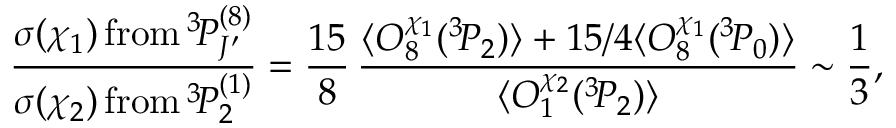
\frac { \sigma ( \chi _ { 1 } ) \, \mathrm { f r o m } \, { } ^ { 3 } \! P _ { J ^ { \prime } } ^ { ( 8 ) } } { \sigma ( \chi _ { 2 } ) \, \mathrm { f r o m } \, { } ^ { 3 } \! P _ { 2 } ^ { ( 1 ) } } = \frac { 1 5 } { 8 } \, \frac { \langle { \cal O } _ { 8 } ^ { \chi _ { 1 } } ( { } ^ { 3 } \! P _ { 2 } ) \rangle + 1 5 / 4 \langle { \cal O } _ { 8 } ^ { \chi _ { 1 } } ( { } ^ { 3 } \! P _ { 0 } ) \rangle } { \langle { \cal O } _ { 1 } ^ { \chi _ { 2 } } ( { } ^ { 3 } \! P _ { 2 } ) \rangle } \sim \frac { 1 } { 3 } ,